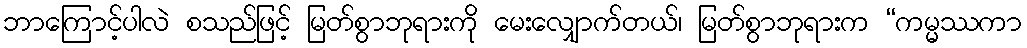
ဘာကြောင့်ပါလဲ စသည်ဖြင့် မြတ်စွာဘုရားကို မေးလျှောက်တယ်၊ မြတ်စွာဘုရားက “ကမ္မဿကာ